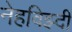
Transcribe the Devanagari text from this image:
नेहविझ्दी